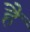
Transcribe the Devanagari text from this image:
हैं